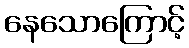
နေသောကြောင့်